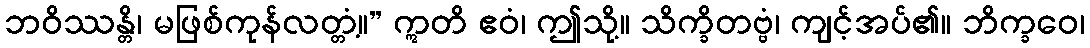
ဘဝိဿန္တိ၊ မဖြစ်ကုန်လတ္တံ့။” ဣတိ ဧဝံ၊ ဤသို့။ သိက္ခိတဗ္ဗံ၊ ကျင့်အပ်၏။ ဘိက္ခဝေ၊